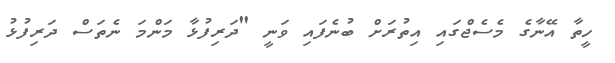
ހީތާ އޭނާގެ މެސެޖްގައި އިތުރަށް ބުނެފައި ވަނީ "ދަރިފުޅާ މަންމަ ނެތަސް ދަރިފުޅު